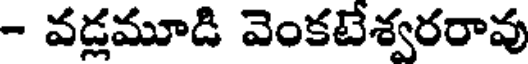
- వడ్లమూడి వెంకటేశ్వరరావు